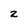
Character: z